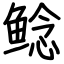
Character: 鲇